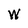
Character: W